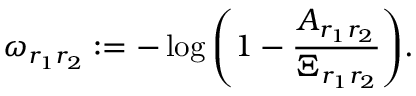
\omega _ { r _ { 1 } r _ { 2 } } : = - \log { \left( 1 - \frac { A _ { r _ { 1 } r _ { 2 } } } { \Xi _ { r _ { 1 } r _ { 2 } } } \right) } .